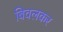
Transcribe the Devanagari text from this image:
बिवलकर